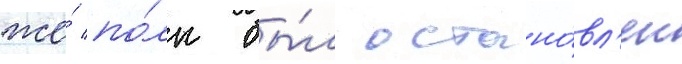
же́ по́лк бы́л остано́вл'ен